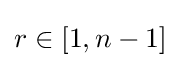
r\in [1,n-1]